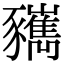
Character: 𧲑